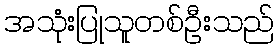
အသုံးပြုသူတစ်ဦးသည်